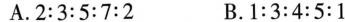
A. 2 : 3 : 5 : 7 : 2 B. 1 : 3 : 4 : 5 : 1